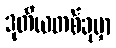
ဒုတိယတစ်ခုမှာ